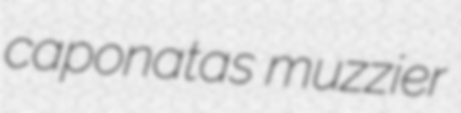
caponatas muzzier